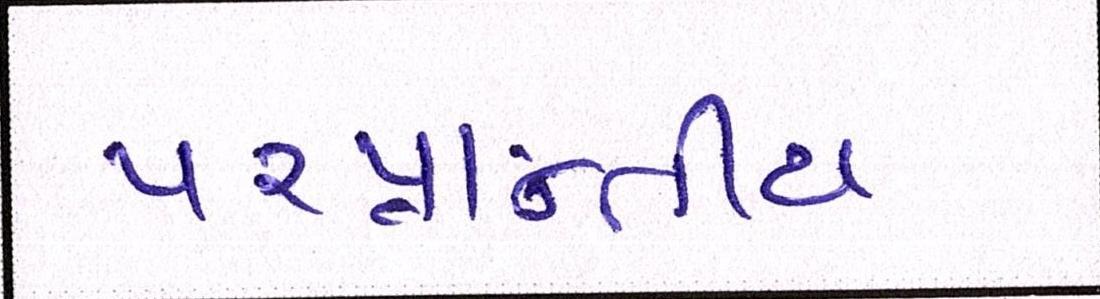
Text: પ૨પ્રાન્તીય